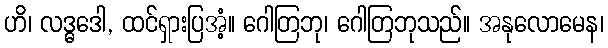
ဟိ၊ လဒ္ဓဒေါ, ထင်ရှားပြအံ့။ ဂေါတြဘု၊ ဂေါတြဘုသည်။ အနုလောမေန၊